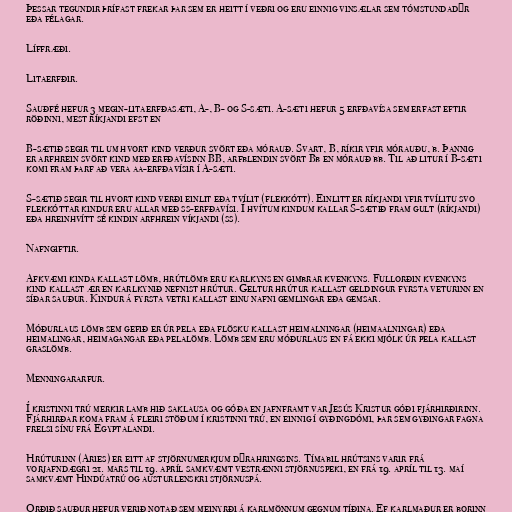
Þessar tegundir þrífast frekar þar sem er heitt í veðri og eru einnig vinsælar sem tómstundadýr
eða félagar.

Líffræði.

Litaerfðir.

Sauðfé hefur 3 megin-litaerfðasæti, A-, B- og S-sæti. A-sæti hefur 5 erfðavísa sem erfast eftir
röðinni, mest ríkjandi efst en

B-sætið segir til um hvort kind verður svört eða mórauð. Svart, B, ríkir yfir mórauðu, b. Þannig
er arfhrein svört kind með erfðavísinn BB, arfblendin svört Bb en mórauð bb. Til að litur í B-sæti
komi fram þarf að vera aa-erfðavísir í A-sæti.

S-sætið segir til hvort kind verði einlit eða tvílit (flekkótt). Einlitt er ríkjandi yfir tvílitu svo
flekkóttar kindur eru allar með ss-erfðavísi. Í hvítum kindum kallar S-sætið fram gult (ríkjandi)
eða hreinhvítt sé kindin arfhrein víkjandi (ss).

Nafngiftir.

Afkvæmi kinda kallast lömb, hrútlömb eru karlkyns en gimbrar kvenkyns. Fullorðin kvenkyns
kind kallast ær en karlkynið nefnist hrútur. Geltur hrútur kallast geldingur fyrsta veturinn en
síðar sauður. Kindur á fyrsta vetri kallast einu nafni gemlingar eða gemsar.

Móðurlaus lömb sem gefið er úr pela eða flösku kallast heimalningar (heimaalningar) eða
heimalingar, heimagangar eða pelalömb. Lömb sem eru móðurlaus en fá ekki mjólk úr pela kallast
graslömb.

Menningararfur.

Í kristinni trú merkir lamb hið saklausa og góða en jafnframt var Jesús Kristur góði fjárhirðirinn.
Fjárhirðar koma fram á fleiri stöðum í kristinni trú, en einnig í gyðingdómi, þar sem gyðingar fagna
frelsi sínu frá Egyptalandi.

Hrúturinn (Aries) er eitt af stjörnumerkjum dýrahringsins. Tímabil hrútsins varir frá
vorjafndægri 21. mars til 19. apríl samkvæmt vestrænni stjörnuspeki, en frá 19. apríl til 13. maí
samkvæmt Hindúatrú og austurlenskri stjörnuspá.

Orðið sauður hefur verið notað sem meinyrði á karlmönnum gegnum tíðina. Ef karlmaður er borinn